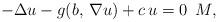
LaTeX: \begin{align*}-\Delta u - g( b,\,\nabla u ) +c\,u=0 \,\,\,M,\end{align*}